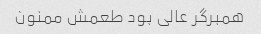
همبرگر عالی بود طعمش ممنون